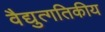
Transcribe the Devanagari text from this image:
वैद्युत्गतिकीय